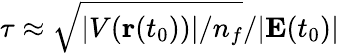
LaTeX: \tau\approx\sqrt{|V({\textbf{r}}(t_{0}))|/n_{f}}/|\textbf{E}(t_{0})|